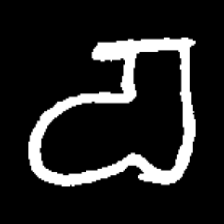
Pyu character \u2014 Myanmar letter: စ (romanized: ca)